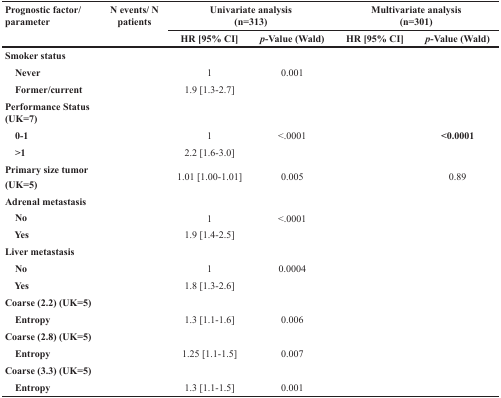
<table><thead><tr><td rowspan="2"><b>Prognostic factor/parameter</b></td><td rowspan="2"><b>N events/ N patients</b></td><td colspan="2"><b>Univariate analysis (n=313)</b></td><td colspan="2"><b>Multivariate analysis (n=301)</b></td></tr><tr><td><b>HR [95% CI]</b></td><td><b><i>p</i>-Value (Wald)</b></td><td><b>HR [95% CI]</b></td><td><b><i>p</i>-Value (Wald)</b></td></tr></thead><tbody><tr><td><b>Smoker status</b></td><td>[EMPTY_CELL]</td><td>[EMPTY_CELL]</td><td>[EMPTY_CELL]</td><td>[EMPTY_CELL]</td><td>[EMPTY_CELL]</td></tr><tr><td> <b>Never</b></td><td>[EMPTY_CELL]</td><td>1</td><td>0.001</td><td>[EMPTY_CELL]</td><td>[EMPTY_CELL]</td></tr><tr><td> <b>Former/current</b></td><td>[EMPTY_CELL]</td><td>1.9 [1.3-2.7]</td><td>[EMPTY_CELL]</td><td>[EMPTY_CELL]</td><td>[EMPTY_CELL]</td></tr><tr><td><b>Performance Status (UK=7)</b></td><td>[EMPTY_CELL]</td><td>[EMPTY_CELL]</td><td>[EMPTY_CELL]</td><td>[EMPTY_CELL]</td><td>[EMPTY_CELL]</td></tr><tr><td> <b>0-1</b></td><td>[EMPTY_CELL]</td><td>1</td><td>&lt;.0001</td><td>[EMPTY_CELL]</td><td><b>&lt;0.0001</b></td></tr><tr><td> <b>&gt;1</b></td><td>[EMPTY_CELL]</td><td>2.2 [1.6-3.0]</td><td>[EMPTY_CELL]</td><td>[EMPTY_CELL]</td><td>[EMPTY_CELL]</td></tr><tr><td><b>Primary size tumor (UK=5)</b></td><td>[EMPTY_CELL]</td><td>1.01 [1.00-1.01]</td><td>0.005</td><td>[EMPTY_CELL]</td><td>0.89</td></tr><tr><td><b>Adrenal metastasis</b></td><td>[EMPTY_CELL]</td><td>[EMPTY_CELL]</td><td>[EMPTY_CELL]</td><td>[EMPTY_CELL]</td><td>[EMPTY_CELL]</td></tr><tr><td> <b>No</b></td><td>[EMPTY_CELL]</td><td>1</td><td>&lt;.0001</td><td>[EMPTY_CELL]</td><td>[EMPTY_CELL]</td></tr><tr><td> <b>Yes</b></td><td>[EMPTY_CELL]</td><td>1.9 [1.4-2.5]</td><td>[EMPTY_CELL]</td><td>[EMPTY_CELL]</td><td>[EMPTY_CELL]</td></tr><tr><td><b>Liver metastasis</b></td><td>[EMPTY_CELL]</td><td>[EMPTY_CELL]</td><td>[EMPTY_CELL]</td><td>[EMPTY_CELL]</td><td>[EMPTY_CELL]</td></tr><tr><td> <b>No</b></td><td>[EMPTY_CELL]</td><td>1</td><td>0.0004</td><td>[EMPTY_CELL]</td><td>[EMPTY_CELL]</td></tr><tr><td> <b>Yes</b></td><td>[EMPTY_CELL]</td><td>1.8 [1.3-2.6]</td><td>[EMPTY_CELL]</td><td>[EMPTY_CELL]</td><td>[EMPTY_CELL]</td></tr><tr><td><b>Coarse (2.2) (UK=5)</b></td><td>[EMPTY_CELL]</td><td>[EMPTY_CELL]</td><td>[EMPTY_CELL]</td><td>[EMPTY_CELL]</td><td>[EMPTY_CELL]</td></tr><tr><td> <b>Entropy</b></td><td>[EMPTY_CELL]</td><td>1.3 [1.1-1.6]</td><td>0.006</td><td>[EMPTY_CELL]</td><td>[EMPTY_CELL]</td></tr><tr><td><b>Coarse (2.8) (UK=5)</b></td><td>[EMPTY_CELL]</td><td>[EMPTY_CELL]</td><td>[EMPTY_CELL]</td><td>[EMPTY_CELL]</td><td>[EMPTY_CELL]</td></tr><tr><td> <b>Entropy</b></td><td>[EMPTY_CELL]</td><td>1.25 [1.1-1.5]</td><td>0.007</td><td>[EMPTY_CELL]</td><td>[EMPTY_CELL]</td></tr><tr><td><b>Coarse (3.3) (UK=5)</b></td><td>[EMPTY_CELL]</td><td>[EMPTY_CELL]</td><td>[EMPTY_CELL]</td><td>[EMPTY_CELL]</td><td>[EMPTY_CELL]</td></tr><tr><td> <b>Entropy</b></td><td>[EMPTY_CELL]</td><td>1.3 [1.1-1.5]</td><td>0.001</td><td>[EMPTY_CELL]</td><td>[EMPTY_CELL]</td></tr></tbody></table>